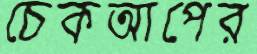
চেকআপের